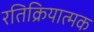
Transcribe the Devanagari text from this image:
रतिक्रियात्मक